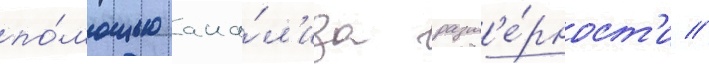
по́мощью ана́л'иза разм'е́рност'и //